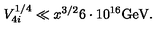
V _ { 4 i } ^ { 1 / 4 } \ll x ^ { 3 / 2 } 6 \cdot 1 0 ^ { 1 6 } \mathrm { G e V } .